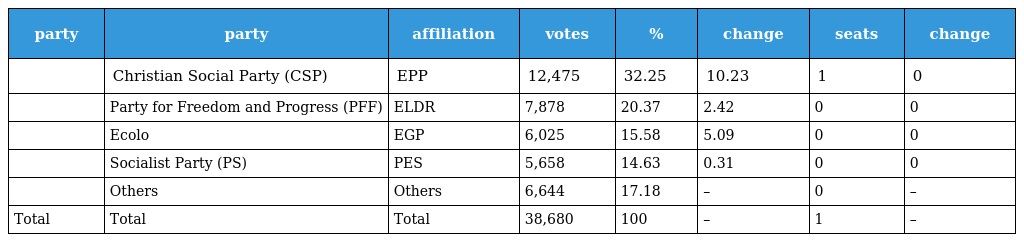
| party | party | affiliation | votes | % | change | seats | change |
 | --- | --- | --- | --- | --- | --- | --- | --- |
 |  | Christian Social Party (CSP) | EPP | 12,475 | 32.25 | 10.23 | 1 | 0 |
 |  | Party for Freedom and Progress (PFF) | ELDR | 7,878 | 20.37 | 2.42 | 0 | 0 |
 |  | Ecolo | EGP | 6,025 | 15.58 | 5.09 | 0 | 0 |
 |  | Socialist Party (PS) | PES | 5,658 | 14.63 | 0.31 | 0 | 0 |
 |  | Others | Others | 6,644 | 17.18 | – | 0 | – |
 | Total | Total | Total | 38,680 | 100 | – | 1 | – |